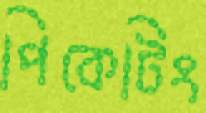
পিকেটিং